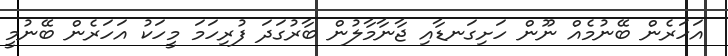
އަހަރެން ބޭނުމެއް ނޫން ހަށިގަނޑާއި ޖާނާމާލުން ބާރުގަދަ ފުރިހަމަ މީހަކު އަހަރެން ބޭނުމީ